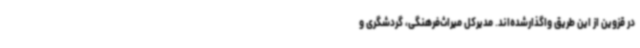
در قزوین از این طریق واگذارشده‌اند. مدیرکل میراث‌فرهنگی، گردشگری و